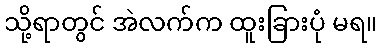
သို့ရာတွင် အဲလက်က ထူးခြားပုံ မရ။